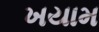
ખયામ